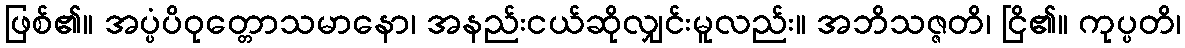
ဖြစ်၏။ အပ္ပံပိဝုတ္တောသမာနော၊ အနည်းငယ်ဆိုလျှင်းမူလည်း။ အဘိသဇ္ဇတိ၊ ငြိ၏။ ကုပ္ပတိ၊